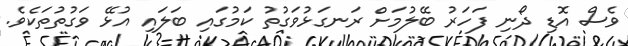
ވެސް އޮޑި ދޯނި ފަހަރު ބޭލުމަށް ރަނގަޅުވަގުތު ކަމުގައި ބަލައި އުޅޭ ވަގުތުތަކެވެ.